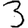
Digit: 3